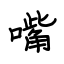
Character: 嘴